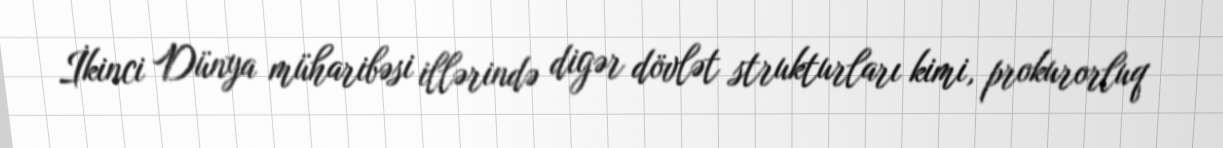
İkinci Dünya müharibəsi illərində digər dövlət strukturları kimi, prokurorluq